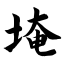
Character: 埯